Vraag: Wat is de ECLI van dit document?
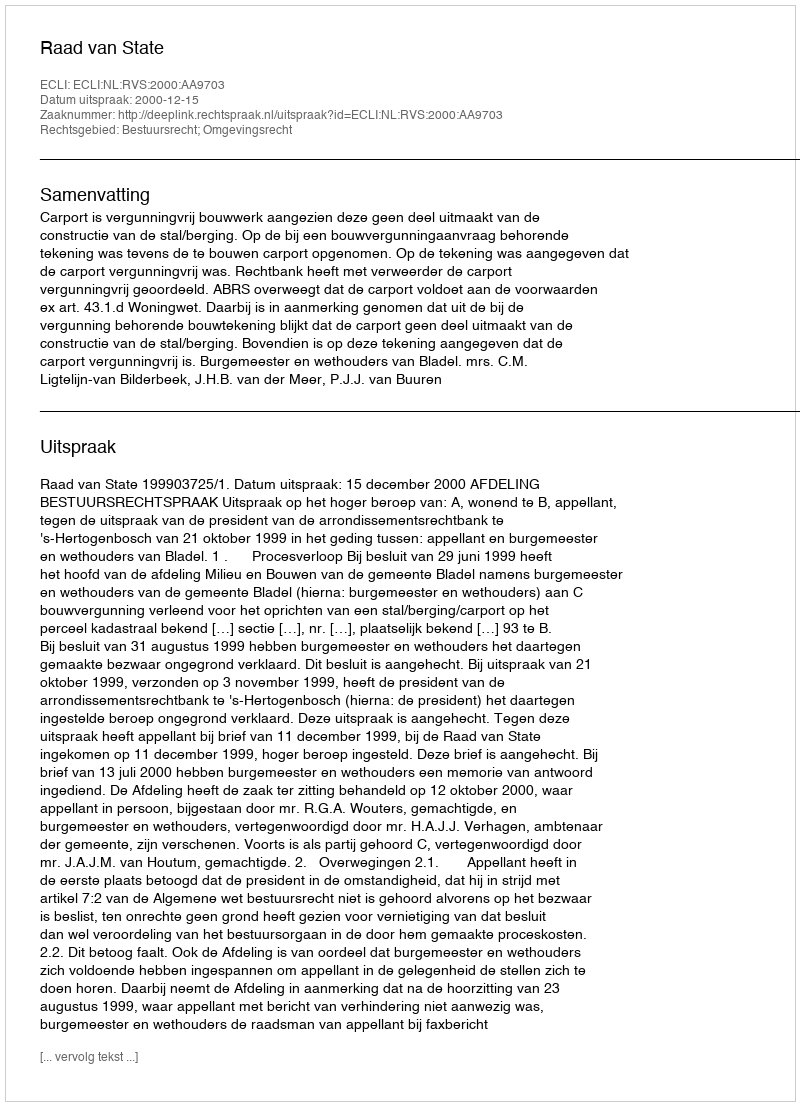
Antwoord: ECLI:NL:RVS:2000:AA9703